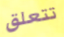
تتعلق